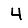
Digit: 4